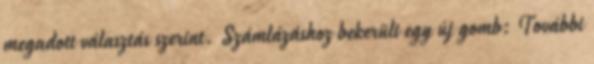
megadott választás szerint. Számlázáshoz bekerült egy új gomb: További